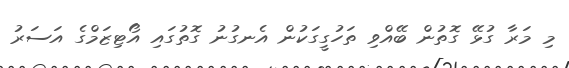
މި މަރާ ގުޅޭ ގޮތުން ބޭއްވި ތަހުގީގަކުން އެނގުނު ގޮތުގައި އޯޓިޒަމްގެ އަސަރު